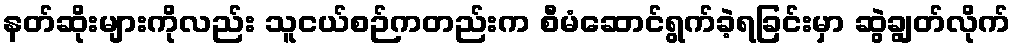
နတ်ဆိုးများကိုလည်း သူငယ်စဉ်ကတည်းက စီမံဆောင်ရွက်ခဲ့ရခြင်းမှာ ဆွဲချွတ်လိုက်